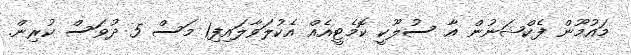
މައުމޫން ފެކްޝަނުން އާ ސުލޫކީ ކޮމެޓީއެއް އެކުލަވާލައިފި1 މަސް 5 ދުވަސް ކުރިން.